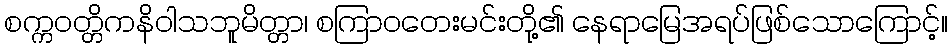
စက္ကဝတ္တိကနိဝါသဘူမိတ္တာ၊ စကြာဝတေးမင်းတို့၏ နေရာမြေအရပ်ဖြစ်သောကြောင့်။